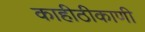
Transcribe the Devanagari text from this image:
काहीठीकाणी